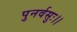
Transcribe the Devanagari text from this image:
पुनर्वसुः।।